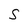
Character: S